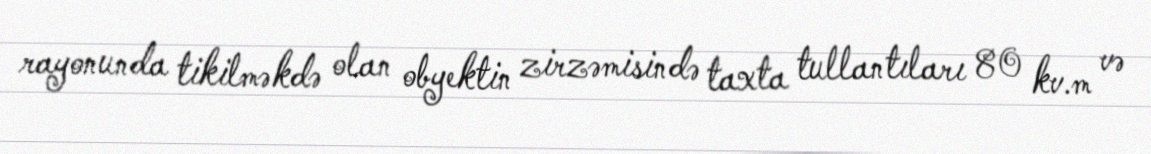
rayonunda tikilməkdə olan obyektin zirzəmisində taxta tullantıları 80 kv.m və